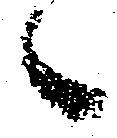
々